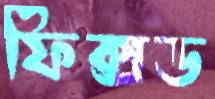
ফিক্সড